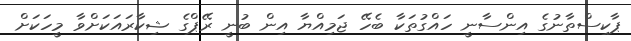
ޕާކިސްތާނުގެ އިންސާނީ ހައްގުތަކާ ބެހޭ ޖަމިއްޔާ އިން ބުނީ ރޭޕްގެ ޝިކާރައަކަށްވާ މީހަކަށް